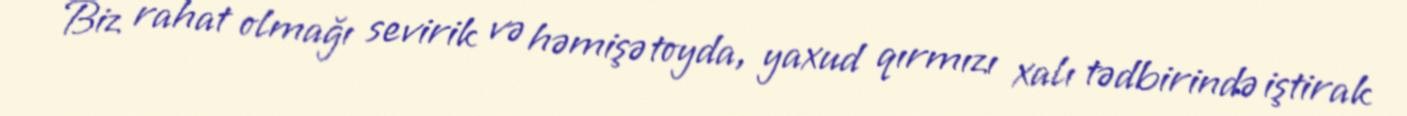
Biz rahat olmağı sevirik və həmişə toyda, yaxud qırmızı xalı tədbirində iştirak